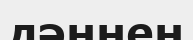
дәннен